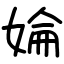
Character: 婨